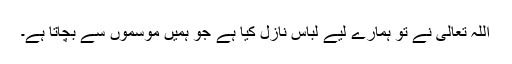
اللہ تعالیٰ نے تو ہمارے لیے لباس نازل کیا ہے جو ہمیں موسموں سے بچاتا ہے۔